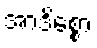
အာဒိစ္စော